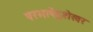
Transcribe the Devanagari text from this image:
परभाषेंदुशेखर